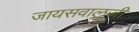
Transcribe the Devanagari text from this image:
जायसवालजी